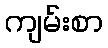
ကျမ်းစာ